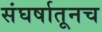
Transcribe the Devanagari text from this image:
संघर्षातूनच